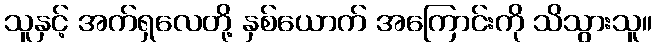
သူနှင့် အက်ရှလေတို့ နှစ်ယောက် အကြောင်းကို သိသွားသူ။